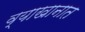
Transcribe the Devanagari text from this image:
व्याखानात